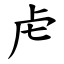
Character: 虍